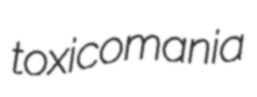
toxicomania